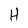
Character: H